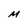
Character: M